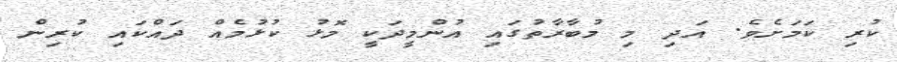
ކުރި ކަމަށެވެ. އަދި މި މުބާރާތުގައި އުންމީދަކީ މޮޅު ކުޅުމެއް ދައްކައި ކުރިން